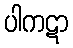
ပါကဋာ